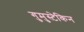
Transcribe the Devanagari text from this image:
गुमुस्टेकिन